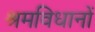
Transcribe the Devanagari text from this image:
श्रमविधानों